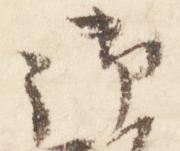
御